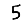
Digit: 5